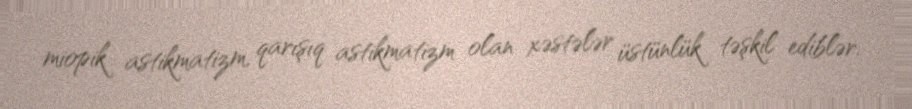
miopik astikmatizm, qarışıq astikmatizm olan xəstələr üstünlük təşkil ediblər.